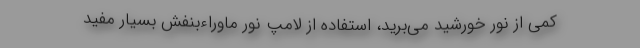
کمی از نور خورشید می‌برید، استفاده از لامپ نور ماوراء‌بنفش بسیار مفید